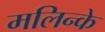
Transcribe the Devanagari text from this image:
मलिन्के